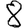
Digit: 8